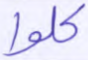
كلوا